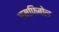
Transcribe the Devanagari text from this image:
एम्फिबोल